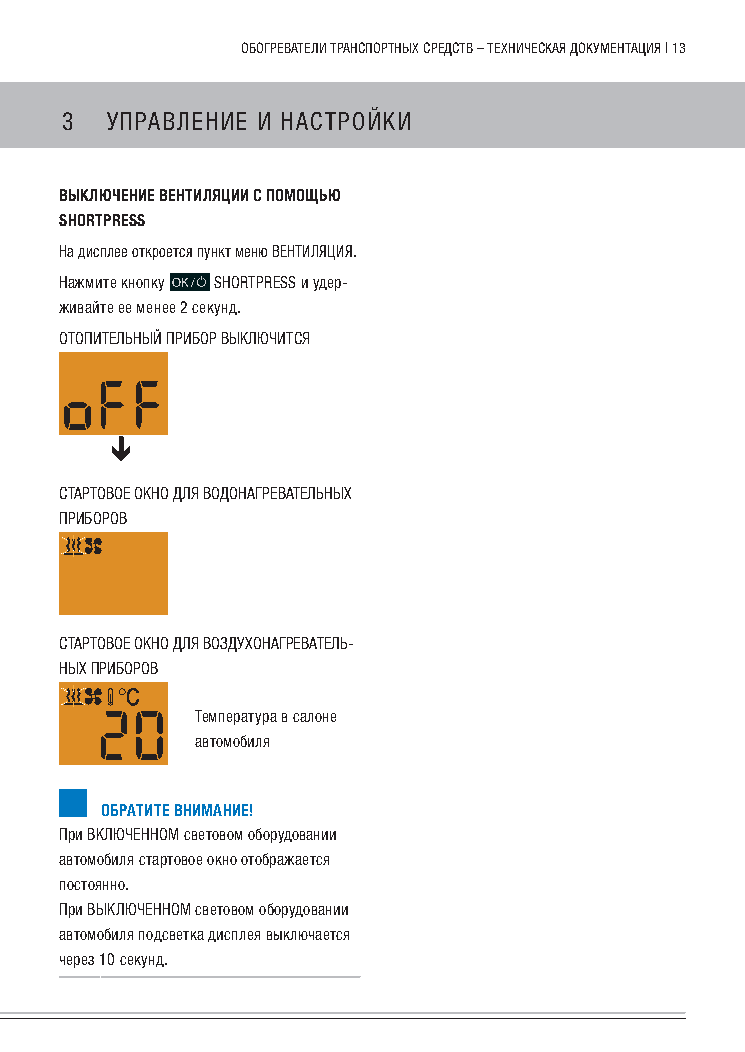
обогРеватели тРанспоРтных сРедств – техническая документация | 13
 3  упРавление и настРойки
 выключение вентиляции с помощью
 sHoRtpREss
 на дисплее откроется пункт меню вентиляция.
 нажмите кнопку shORTpREss и удер-
 живайте ее менее 2 секунд.
 отопительный пРибоР выклЮчится
 стаРтовое окно для водонагРевательных
 пРибоРов
 стаРтовое окно для воздухонагРеватель-
 ных пРибоРов
 температура в салоне
 автомобиля
 обРатите внимание!
 при вклЮченном световом оборудовании
 автомобиля стартовое окно отображается
 постоянно.
 при выклЮченном световом оборудовании
 автомобиля подсветка дисплея выключается
 через 10 секунд.